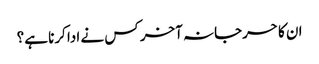
ان کا حرجانہ آخر کس نے ادا کرنا ہے؟